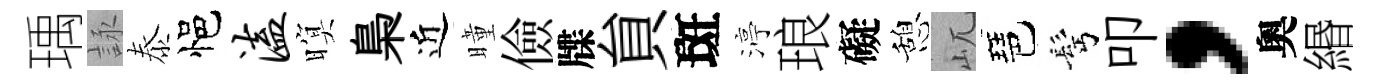
瑀詠泰悒溘暝梟近曈儉牒貟斑渟琅礙憩屼琶髩叩，奧緡